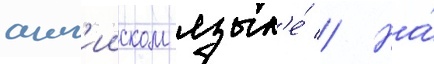
англ'ииском язык'е́ // На́